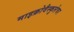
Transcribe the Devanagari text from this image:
माइक्रोवैस्कुलेचर